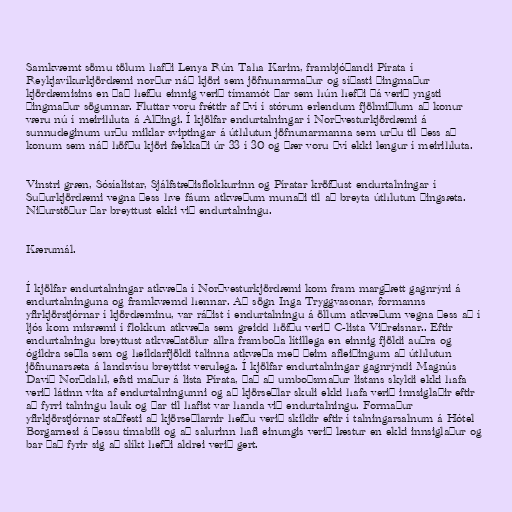
Samkvæmt sömu tölum hafði Lenya Rún Taha Karim, frambjóðandi Pírata í
Reykjavíkurkjördæmi norður náð kjöri sem jöfnunarmaður og síðasti þingmaður
kjördæmisins en það hefðu einnig verið tímamót þar sem hún hefði þá verið yngsti
þingmaður sögunnar. Fluttar voru fréttir af því í stórum erlendum fjölmiðlum að konur
væru nú í meirihluta á Alþingi. Í kjölfar endurtalningar í Norðvesturkjördæmi á
sunnudeginum urðu miklar sviptingar á úthlutun jöfnunarmanna sem urðu til þess að
konum sem náð höfðu kjöri fækkaði úr 33 í 30 og þær voru því ekki lengur í meirihluta.

Vinstri græn, Sósíalistar, Sjálfstæðisflokkurinn og Píratar kröfðust endurtalningar í
Suðurkjördæmi vegna þess hve fáum atkvæðum munaði til að breyta úthlutun þingsæta.
Niðurstöður þar breyttust ekki við endurtalningu.

Kærumál.

Í kjölfar endurtalningar atkvæða í Norðvesturkjördæmi kom fram margþætt gagnrýni á
endurtalninguna og framkvæmd hennar. Að sögn Inga Tryggvasonar, formanns
yfirkjörstjórnar í kjördæminu, var ráðist í endurtalningu á öllum atkvæðum vegna þess að í
ljós kom misræmi í flokkun atkvæða sem greidd höfðu verið C-lista Viðreisnar.. Eftir
endurtalningu breyttust atkvæðatölur allra framboða lítillega en einnig fjöldi auðra og
ógildra seðla sem og heildarfjöldi talinna atkvæða með þeim afleiðingum að úthlutun
jöfnunarsæta á landsvísu breyttist verulega. Í kjölfar endurtalningar gagnrýndi Magnús
Davíð Norðdahl, efsti maður á lista Pírata, það að umboðsmaður listans skyldi ekki hafa
verið látinn vita af endurtalningunni og að kjörseðlar skuli ekki hafa verið innsiglaðir eftir
að fyrri talningu lauk og þar til hafist var handa við endurtalningu. Formaður
yfirkjörstjórnar staðfesti að kjörseðlarnir hefðu verið skildir eftir í talningarsalnum á Hótel
Borgarnesi á þessu tímabili og að salurinn hafi einungis verið læstur en ekki innsiglaður og
bar það fyrir sig að slíkt hefði aldrei verið gert.